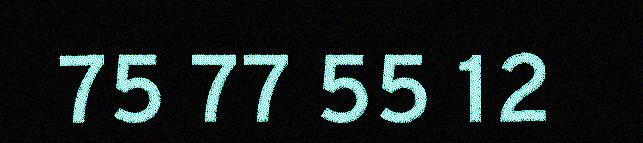
75 77 55 12